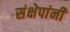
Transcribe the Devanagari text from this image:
संक्षेपांनी